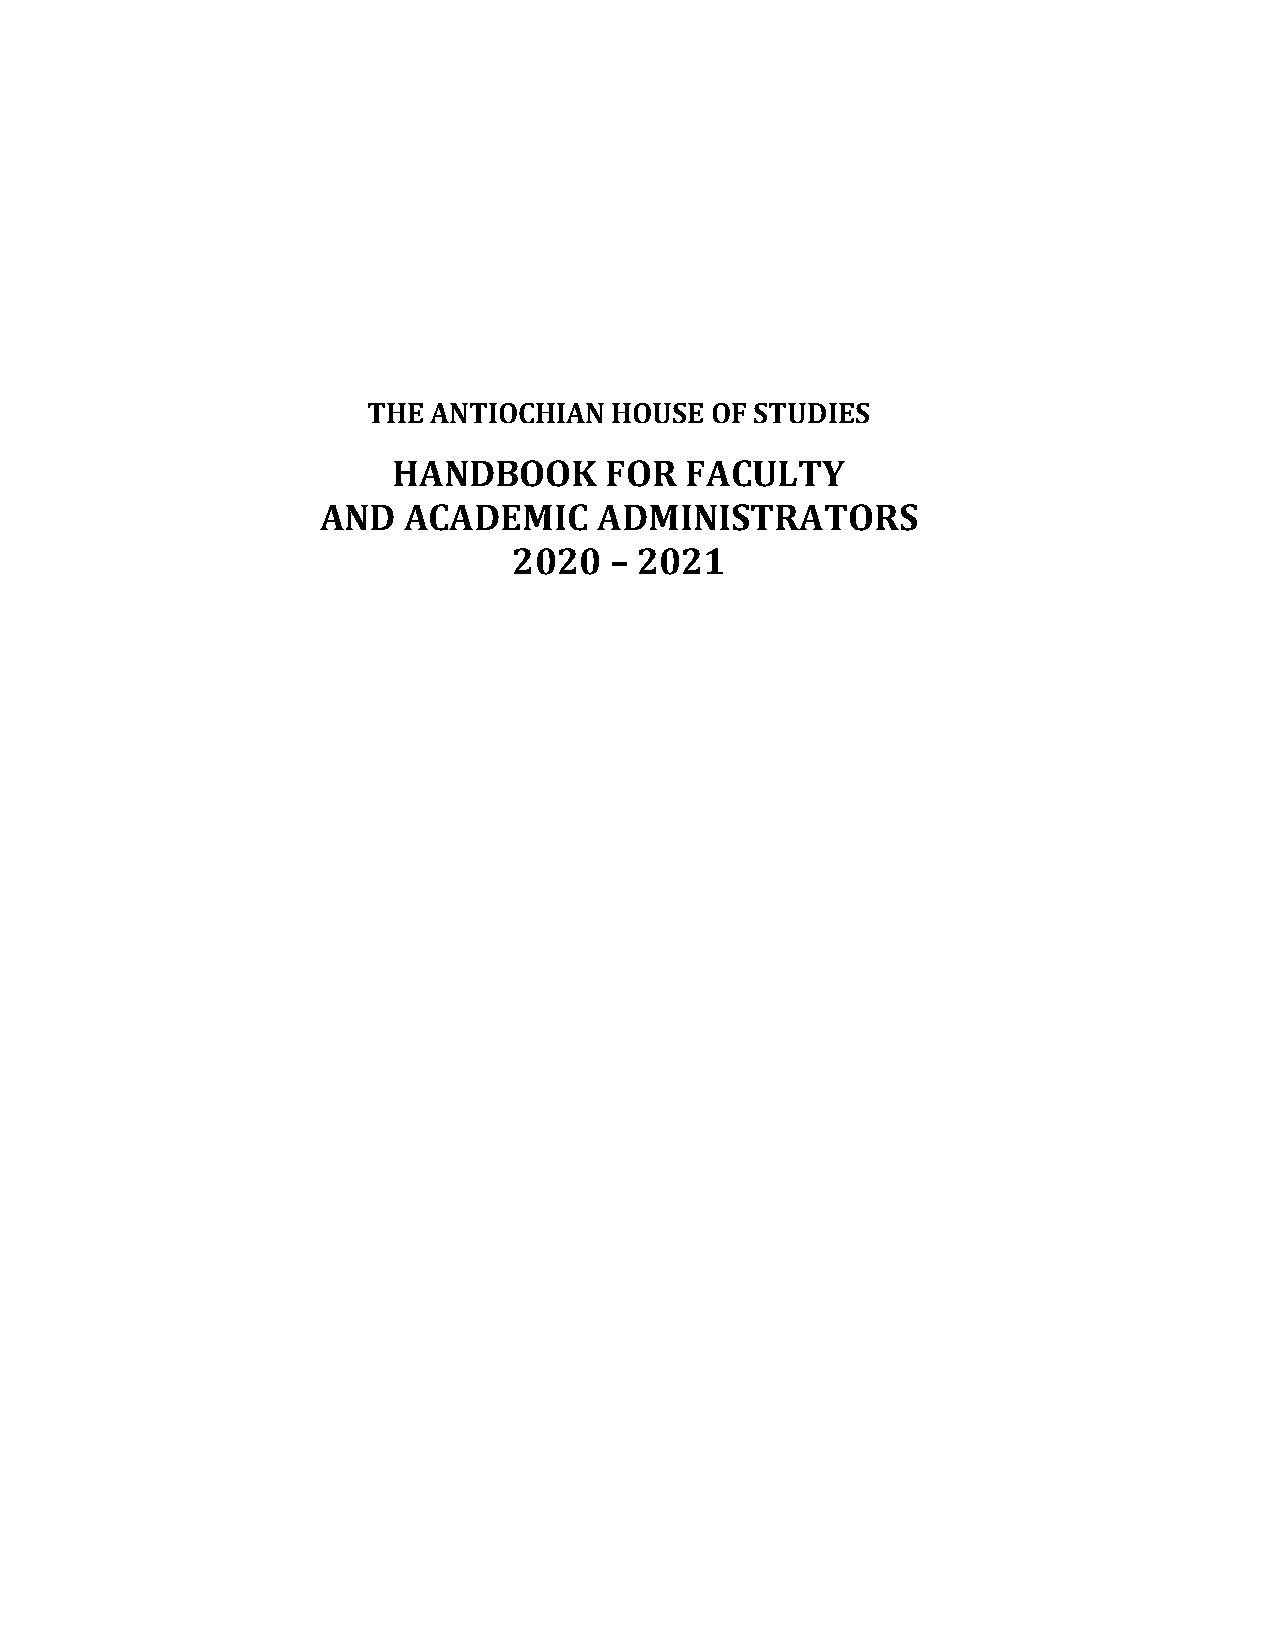
THE  ANTIOCHIAN HOUSE  OF STUDIES
 HANDBOOK      FOR  FACULTY
 AND   ACADEMIC     ADMINISTRATORS
 2020  – 2021